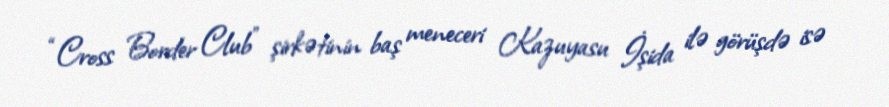
“Cross Border Club” şirkətinin baş meneceri Kazuyasu İşida ilə görüşdə isə